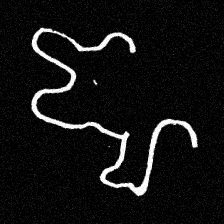
Pyu character \u2014 Myanmar letter: ဈ (romanized: jha)